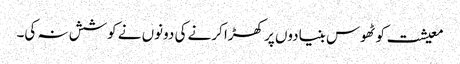
معیشت کو ٹھوس بنیادوں پر کھڑا کرنے کی دونوں نے کوشش نہ کی۔